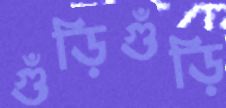
গুঁড়িগুঁড়ি